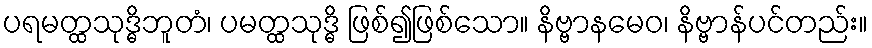
ပရမတ္ထသုဒ္ဓိဘူတံ၊ ပမတ္ထသုဒ္ဓိ ဖြစ်၍ဖြစ်သော။ နိဗ္ဗာနမေဝ၊ နိဗ္ဗာန်ပင်တည်း။